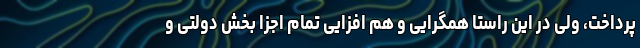
پرداخت، ولی در این راستا همگرایی و هم افزایی تمام اجزا بخش دولتی و